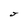
Character: J